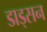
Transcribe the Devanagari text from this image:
डाड्सन